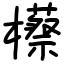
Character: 櫒